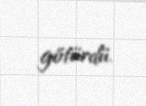
götürdü.